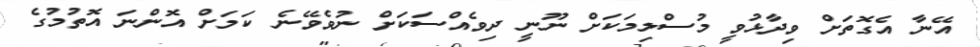
އޭނާ އެގޮތަށް ވިދާޅުވީ މުސްލިމަކަށް ނޫނީ ދިވެއްސަކަށް ނުވެވޭނެ ކަމަށް އޮންނަ އޮތުމުގެ